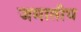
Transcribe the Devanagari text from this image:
जमातीय